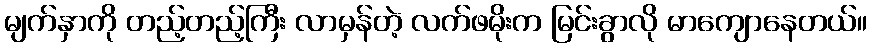
မျက်နှာကို တည့်တည့်ကြီး လာမှန်တဲ့ လက်ဖမိုးက မြင်းခွာလို မာကျောနေတယ်။